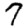
Digit: 7